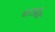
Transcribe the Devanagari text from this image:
थाउसेंड